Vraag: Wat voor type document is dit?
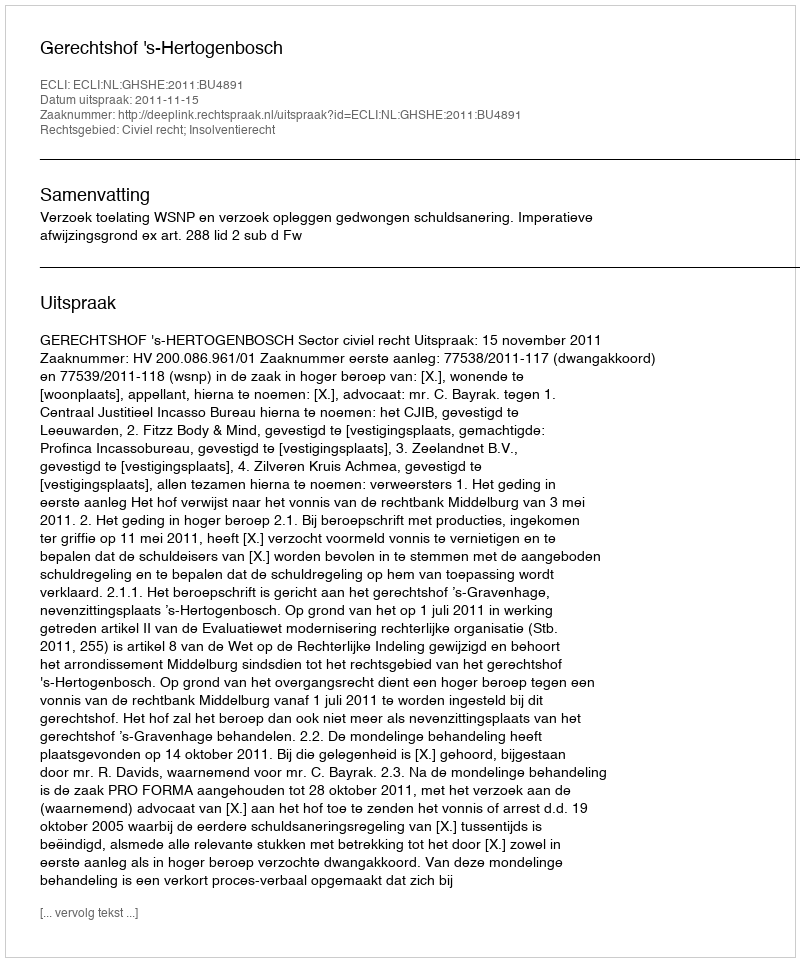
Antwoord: Uitspraak